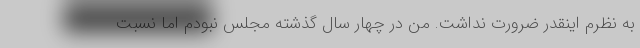
به نظرم اینقدر ضرورت نداشت. من در چهار سال گذشته مجلس نبودم اما نسبت